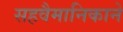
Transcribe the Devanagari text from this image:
सहवैमानिकाने